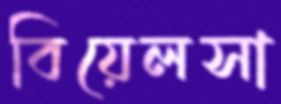
বিয়েলসা